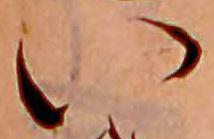
い